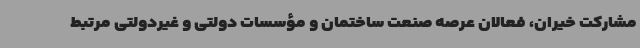
مشارکت خیران، فعالان عرصه صنعت ساختمان و مؤسسات دولتی و غیردولتی مرتبط